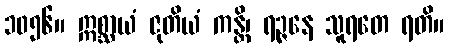
၁၀၅၆။ ဣစ္ဆာယံ ဇုတိယံ ကန္တိ၊ ရဉ္ဇနေ သူရတေ ရတိ။